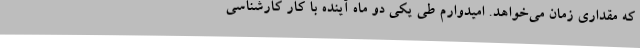
که مقداری زمان می‌خواهد. امیدوارم طی یکی دو ماه آینده با کار کارشناسی